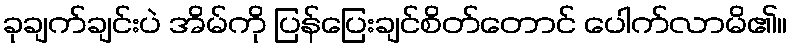
ခုချက်ချင်းပဲ အိမ်ကို ပြန်ပြေးချင်စိတ်တောင် ပေါက်လာမိ၏။